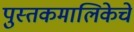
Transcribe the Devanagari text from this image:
पुस्तकमालिकेचे